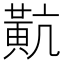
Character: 𪎵